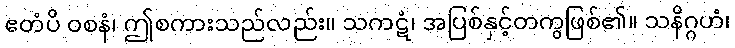
ဧတံပိ ဝစနံ၊ ဤစကားသည်လည်း။ သကဋံ၊ အပြစ်နှင့်တကွဖြစ်၏။ သနိဂ္ဂဟံ၊